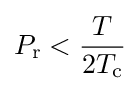
P_{\text{r}}<{\frac {T}{2T_{\text{c}}}}